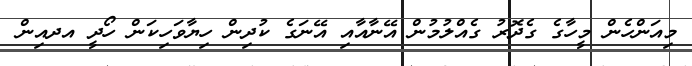
މިއަންހެން މީހާގެ ގެދޮރު ގެއްލުމުން އޭނާއާއި އޭނަގެ ކުދިން ހިޔާވަހިކަން ހޯދީ އދއިން